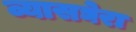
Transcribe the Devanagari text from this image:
व्यासघेरा